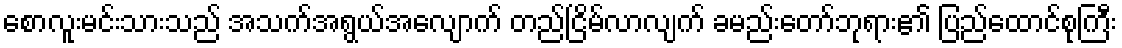
စောလူးမင်းသားသည် အသက်အရွယ်အလျောက် တည်ငြိမ်လာလျက် ခမည်းတော်ဘုရား၏ ပြည်ထောင်စုကြီး